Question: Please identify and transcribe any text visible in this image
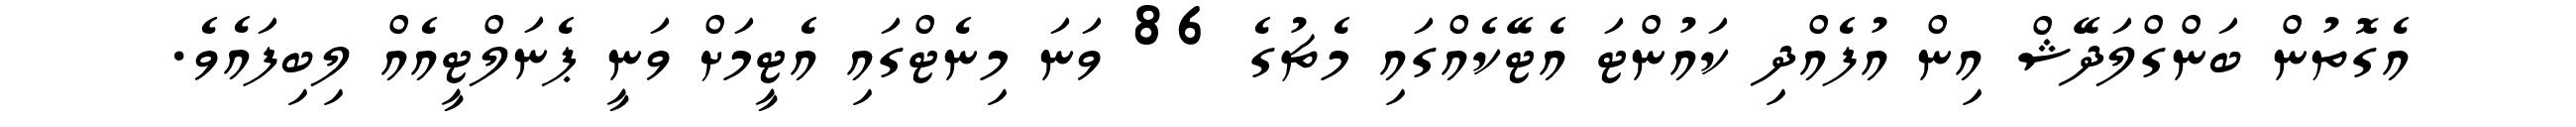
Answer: އެގޮތުން ބަންގްލަދޭޝް އިން އުފެއްދި ކައުންޓަ އެޓޭކެއްގައި މެޗުގެ 86 ވަނަ މިނެޓްގައި އެޓީމަށް ވަނީ ޕެނަލްޓީއެއް ލިބިފައެވެ.